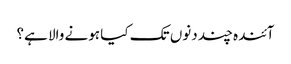
آئندہ چند دنوں تک کیا ہونے والا ہے؟